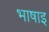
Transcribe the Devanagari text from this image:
भाषाइ